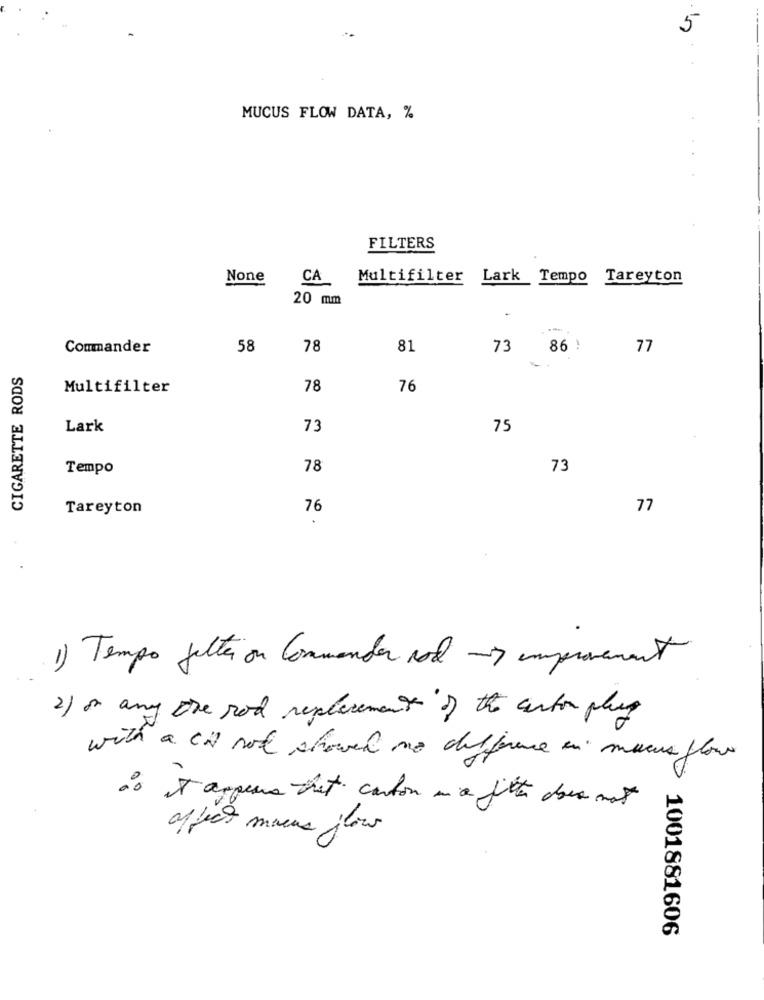
5
MUCUS FLOW DATA, %
FILTERS
CA
Multifilter Lark Tempo Tareyton
20 mm
Commander
58
78
81
73 86 !
77
CIGARETTE RODS
Multifilter
78
76
Lark
73
75
Tempo
78
73
Tareyton
76
77
1) Tempo feltar ou Commander sol nes improvement
2) on any the rod replacement of the canton plug
with a CH not showed no difference in mucus flow
do it appears that canton on a fitter does not
affect marcus flow
1001881606